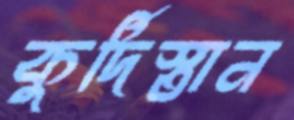
কুর্দিস্তান